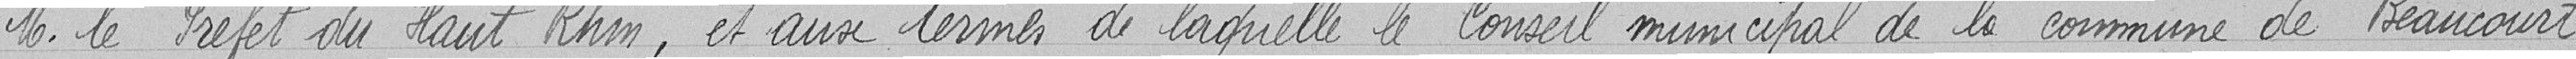
Monsieur le Préfet du Haut Rhin et aux termes de laquelle, le Conseil municipale de la commune de Beaucourt